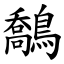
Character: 鷮